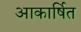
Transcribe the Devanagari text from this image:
आकार्षित